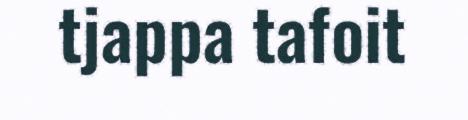
tjappa tafoit